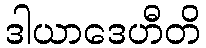
ဒါယာဒေဟီတိ